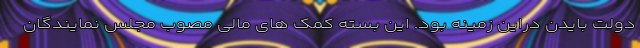
دولت بایدن دراین زمینه بود. این بسته کمک های مالی مصوب مجلس نمایندگان